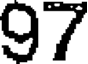
97